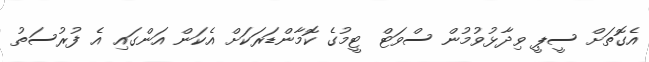
އެގޮތަށް ސީޕީ ވިދާޅުވުމުން ސްވަޓް ޓީމުގެ ކޮމާންޑަރަކަށް އެކަން އަންގައި އެ ފުރުސަތު